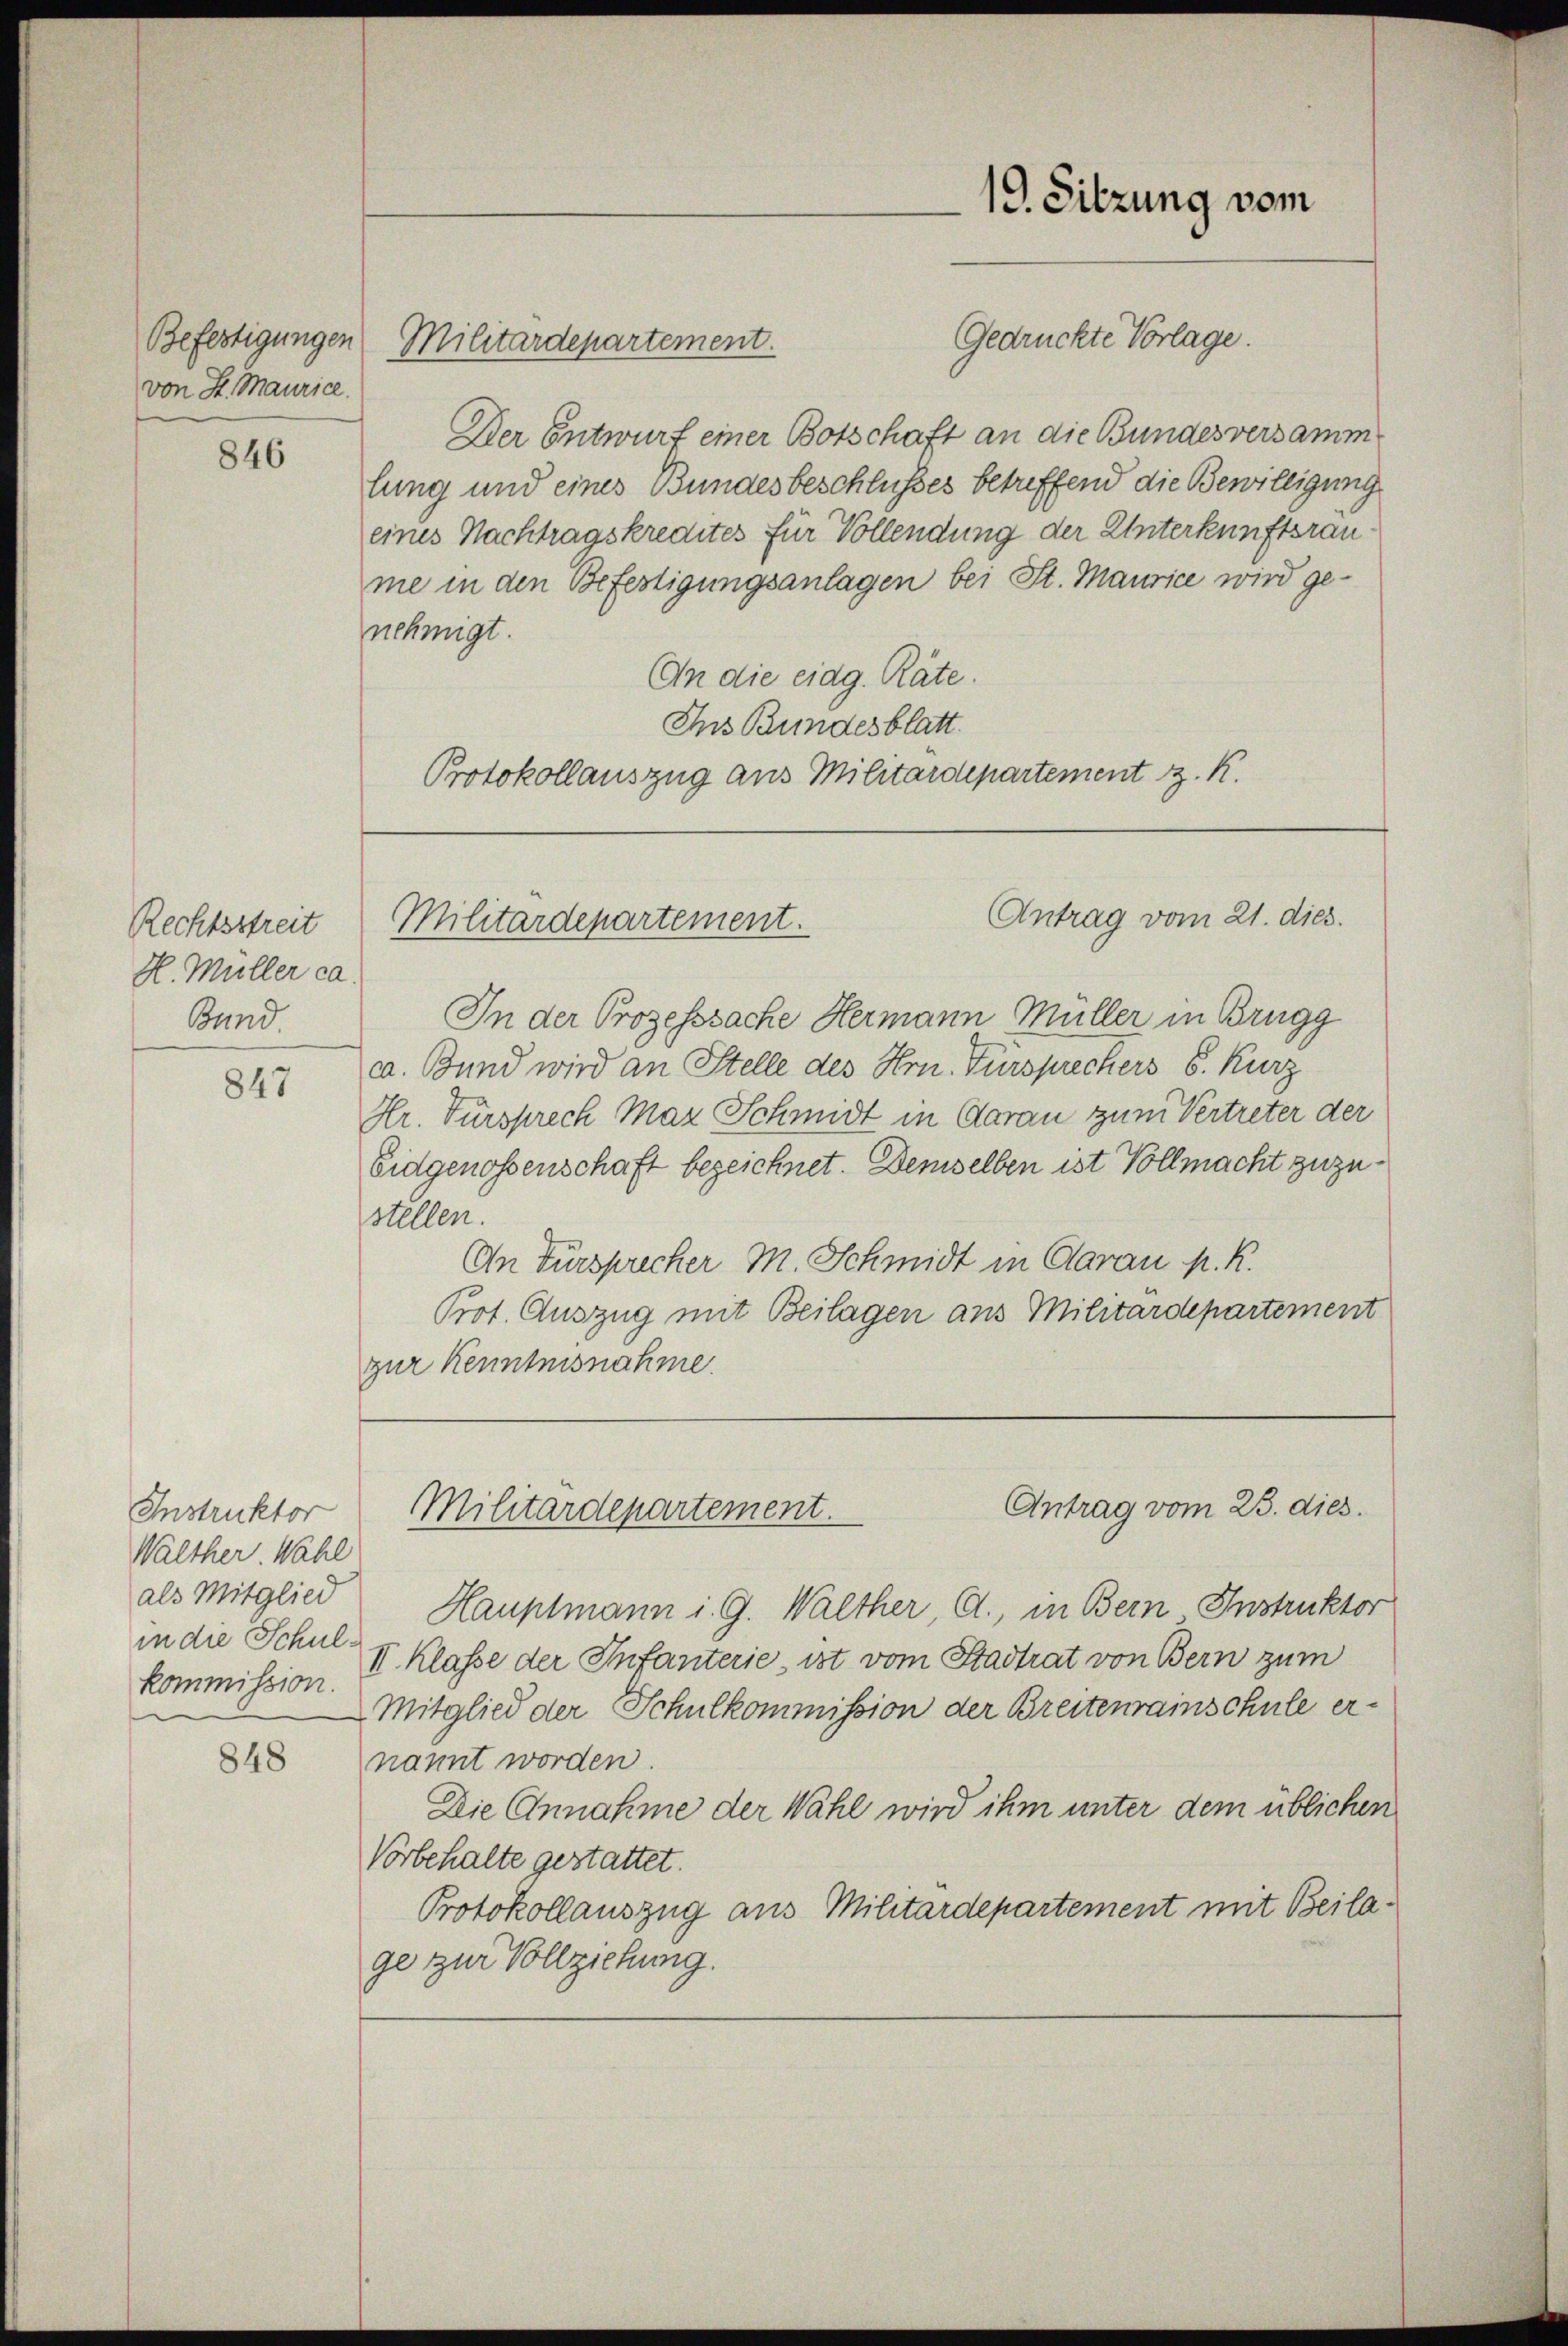
Befestigungen
von H. Maurice.

846

Rechtsstreit
H. Müller ca.
Bund.

847

Instruktor
Walther. Wahl
in die Schulkommission.

848

Gedrückte Vorlage.
Der Entwurf einer Botschaft an die Bundesversamm
lung und eines Bundesbeschlußes betreffend die Bewilligung
eines Nachtragskredites für Vollendung der Unterkunftsräu
me in den Befestigungsanlagen bei St. Maurice wird genehmigt.
An die eidg. Räte.
Ins Bundesblatt.
Protokollauszug aus Militärdepartement z. K.

Militärdepartement.

Militärdepartement.

In der Prozesssache Hermann Müller in Brugg
ca. Bund wird an Stelle des Hrn. Fürsprechers S. Kurz
Hr. Fürsprech Maz Schmidt in Garan zum Vertreter der
Eidgenossenschaft bezeichnet. Demselben ist Vollmacht zuzustellen.
An Türsprecher M. Schmidt in Claran p. R.
Prot. Auszug mit Beilagen aus Militärdepartement
zur Kenntnisnahme.

19. Sitzung vom

Antrag vom 21. dies.

Antrag vom 23. dies.
Militärdepartement.

als Mitglied Hauptmann i. G. Walther, A., in Bern Instruktor
II. Klasse der Infanterie, ist vom Stadtrat von Bern zum
Mitglied der Schulkommission der Breitenrainschule ernannt worden.
Die Annahme der Wahl wird ihm unter dem üblichen
Vorbehalte gestattet.
Protokollauszug aus Militärdepartement mit Beilage zur Vollziehung.